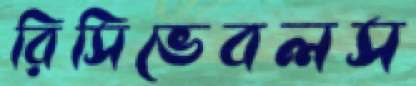
রিসিভেবলস